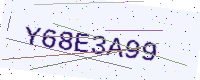
Text: Y68E3A99